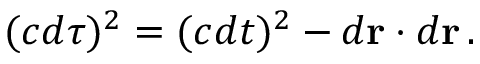
( c d \tau ) ^ { 2 } = ( c d t ) ^ { 2 } - d \mathbf { r } \cdot d \mathbf { r } \, .